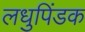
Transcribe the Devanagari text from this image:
लधुपिंडक